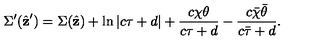
\Sigma ^ { \prime } ( \hat { \bf z } ^ { \prime } ) = \Sigma ( \hat { \bf z } ) + \ln \left| c \tau + d \right| + \frac { c \chi \theta } { c \tau + d } - \frac { c \bar { \chi } \bar { \theta } } { c \bar { \tau } + d } .